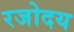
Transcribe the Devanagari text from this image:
रजोदय